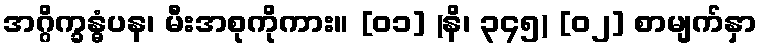
အဂ္ဂိက္ခန္ဓံပန၊ မီးအစုကိုကား။ [၀၁] (နိ၊ ၃၄၅) [၀၂] စာမျက်နှာ